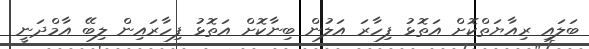
ބަލައި ރިއާޔަތްކޮށް އަތޮޅު ފިހާރަ އަލުން ބިނާކޮށް އަތޮޅު ފިހާރައިން ލިބޭ އާމްދަނީ